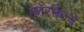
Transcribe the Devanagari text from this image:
फॉरमॅटचे